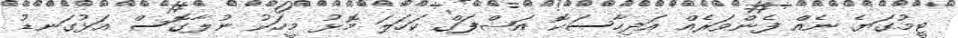
ޓީމުގަޔެ ނެއް ފެންވަރެެއް އަދިހާސަކޮ އަޝްފަގް ކަހަލަ މޮޅު މީހަކު ނުލާގޮސް އަޅުގަނޑު